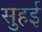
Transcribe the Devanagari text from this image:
सुहई